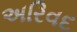
અરિવદ